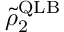
\tilde { \rho } _ { 2 } ^ { \mathrm { Q L B } }